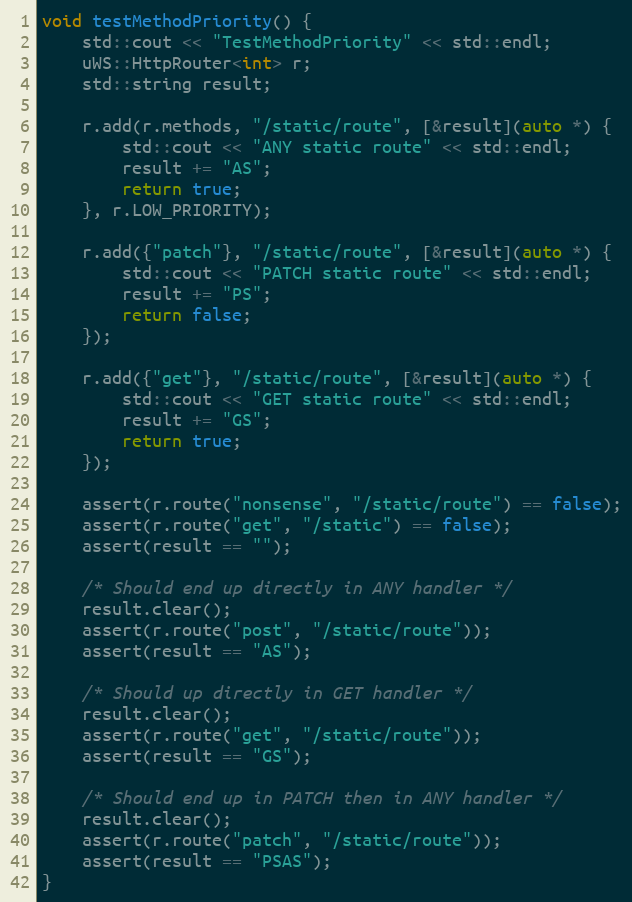
Language: C++
void testMethodPriority() {
    std::cout << "TestMethodPriority" << std::endl;
    uWS::HttpRouter<int> r;
    std::string result;

    r.add(r.methods, "/static/route", [&result](auto *) {
        std::cout << "ANY static route" << std::endl;
        result += "AS";
        return true;
    }, r.LOW_PRIORITY);

    r.add({"patch"}, "/static/route", [&result](auto *) {
        std::cout << "PATCH static route" << std::endl;
        result += "PS";
        return false;
    });

    r.add({"get"}, "/static/route", [&result](auto *) {
        std::cout << "GET static route" << std::endl;
        result += "GS";
        return true;
    });

    assert(r.route("nonsense", "/static/route") == false);
    assert(r.route("get", "/static") == false);
    assert(result == "");

    /* Should end up directly in ANY handler */
    result.clear();
    assert(r.route("post", "/static/route"));
    assert(result == "AS");

    /* Should up directly in GET handler */
    result.clear();
    assert(r.route("get", "/static/route"));
    assert(result == "GS");

    /* Should end up in PATCH then in ANY handler */
    result.clear();
    assert(r.route("patch", "/static/route"));
    assert(result == "PSAS");
}